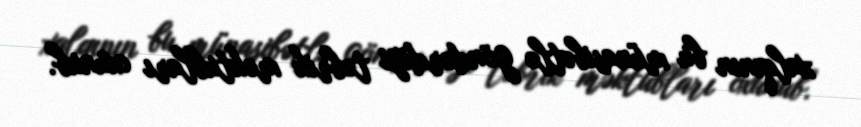
xalqının bu münasibətlə göndərdiyi təbrik məktubları oxunub.